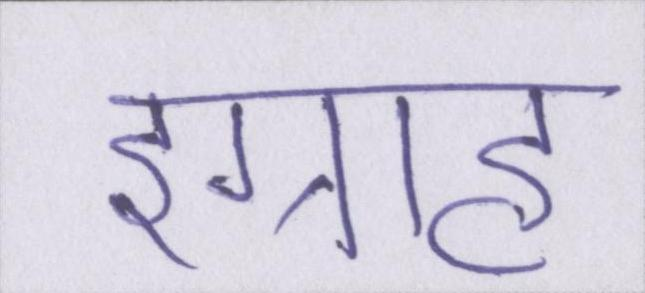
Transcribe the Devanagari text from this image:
इग्राह